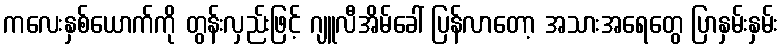
ကလေးနှစ်ယောက်ကို တွန်းလှည်းဖြင့် ဂျူလီအိမ်ခေါ် ပြန်လာတော့ အသားအရေတွေ ပြာနှမ်းနှမ်း